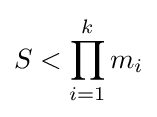
S<\prod _{i=1}^{k}m_{i}